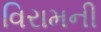
વિરામની